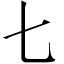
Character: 七